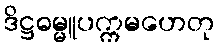
ဒိဋ္ဌဓမ္မူပက္ကမဟေတု